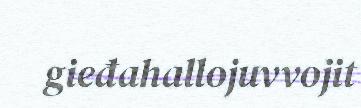
gieđahallojuvvojit